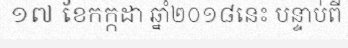
១៧ ខែកក្កដា ឆ្នាំ២០១៨នេះ បន្ទាប់ពី